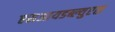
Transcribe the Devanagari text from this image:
एसआयडब्ल्युएस